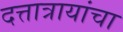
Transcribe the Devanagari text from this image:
दत्तात्रायांचा